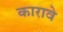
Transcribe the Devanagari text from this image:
कारावे